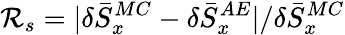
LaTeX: \mathcal{R}_{s}=|\delta{\bar{S}}_{x}^{MC}-\delta{\bar{S}}_{x}^{AE}|/\delta{\bar{S}}_{x}^{MC}